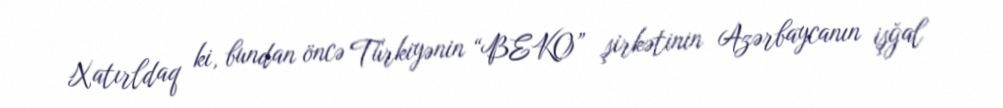
Xatırldaq ki, bundan öncə Türkiyənin “BEKO” şirkətinin Azərbaycanın işğal